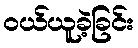
ဝယ်ယူခဲ့ခြင်း